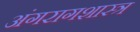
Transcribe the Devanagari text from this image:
अंगरागशास्त्र